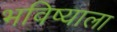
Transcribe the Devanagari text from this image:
भविष्याला